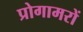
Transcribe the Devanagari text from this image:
प्रोगामरों